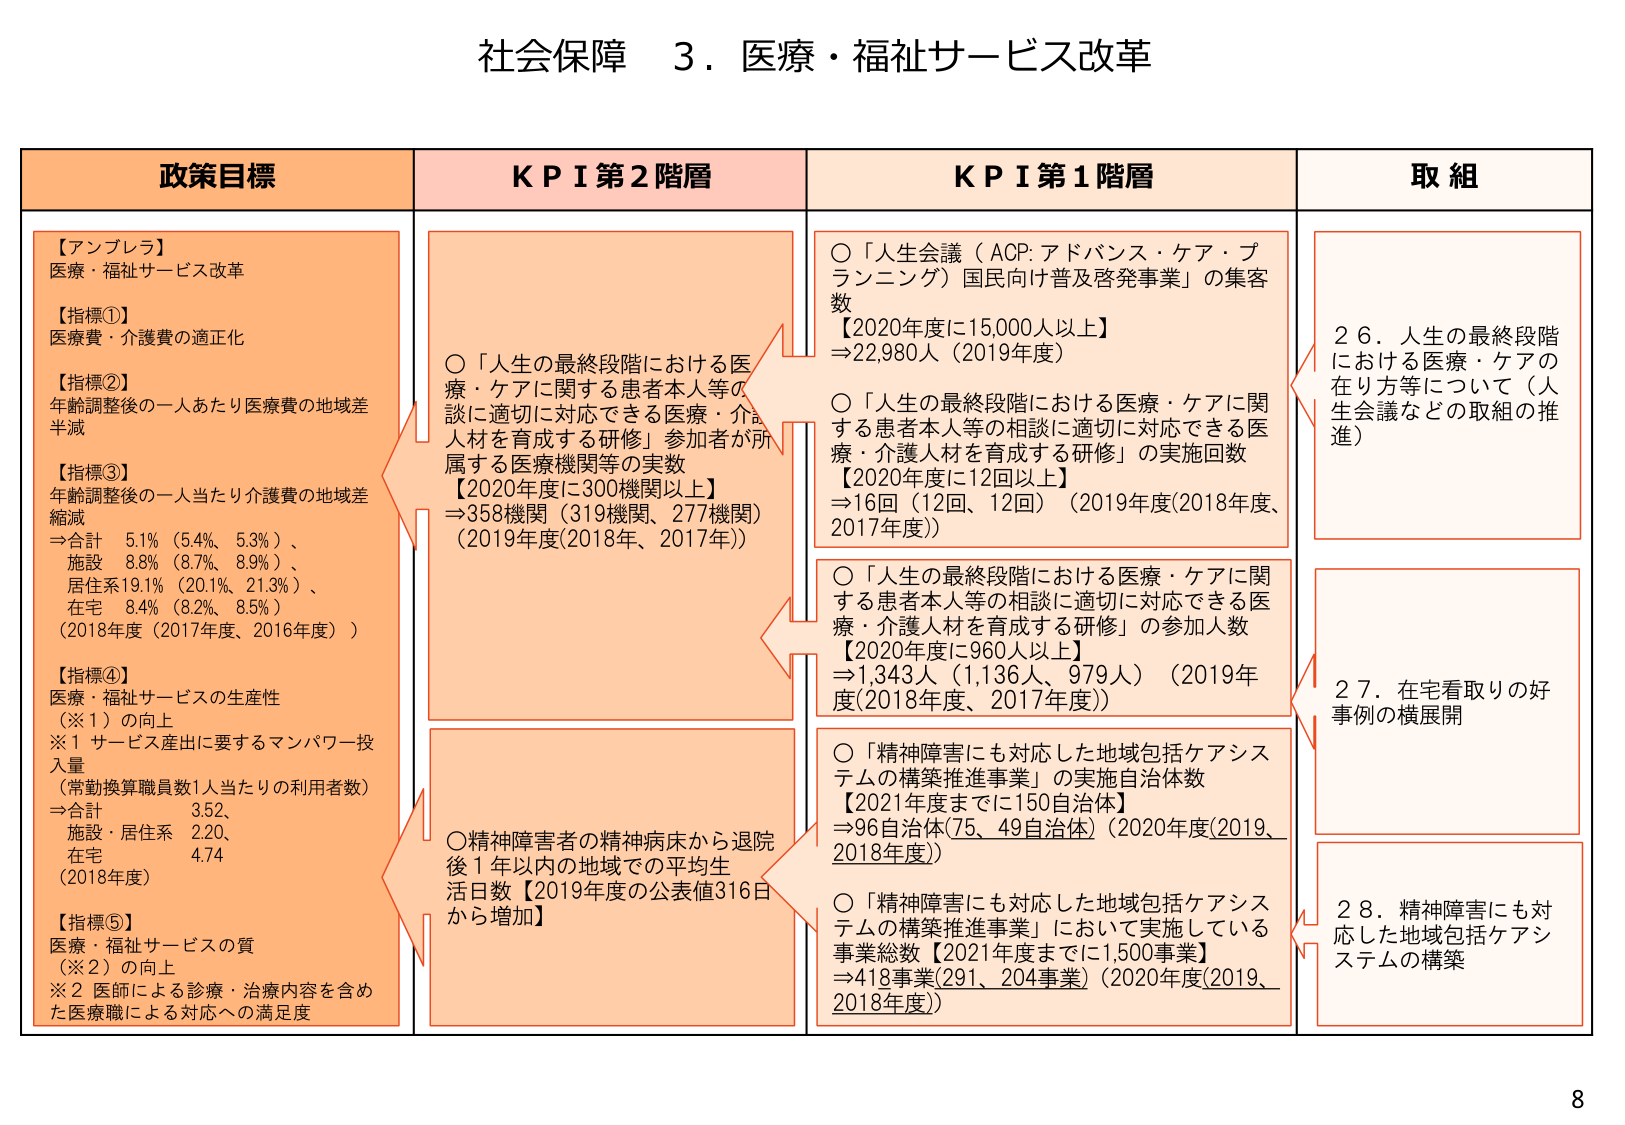
社会保障 ３．医療・福祉サービス改革

政策目標
【アンプレラ】
医療・福祉サービス改革
【指標①】
医療費・介護費の適正化
【指標②】
年齢調整後の一人あたり医療費の地域差
半減
【指標③】
年齢調整後の一人当たり介護費の地域差
縮減
⇒合計 5.1%（5.4%、5.3%）、
施設 8.8%（8.7%、8.9%）、
居住系19.1%（20.1%、21.3%）、
在宅 8.4%（8.2%、8.5%）
（2018年度（2017年度、2016年度））
【指標④】
医療・福祉サービスの生産性
（※１）の向上
※１ サービス産出に要するマンパワー投
入量
（常勤換算職員数1人当たりの利用者数）
⇒合計 3.52、
施設・居住系 2.20、
在宅 4.74
（2018年度）
【指標⑤】
医療・福祉サービスの質
（※2）の向上
※2 医師による診療・治療内容を含め
た医療職による対応への満足度

KPI 第2階層
○「人生の最終段階における医療・ケアに関する患者本人等の相談に適切に対応できる医療・介護人材を育成する研修」参加者が所属する医療機関等の実数
【2020年度に300機関以上】
⇒358機関（319機関、277機関）
（2019年度(2018年、2017年)）
○精神障害者の精神病床から退院後1年以内の地域での平均生活日数【2019年度の公表値316日から増加】

KPI 第1階層
○「人生会議（ACP:アドバンス・ケア・プランニング）国民向け普及啓発事業」の集客数
【2020年度に15,000人以上】
⇒22,980人（2019年度）
○「人生の最終段階における医療・ケアに関する患者本人等の相談に適切に対応できる医療・介護人材を育成する研修」の実施回数
【2020年度に12回以上】
⇒16回（12回、12回）（2019年度(2018年度、2017年度)）
○「人生の最終段階における医療・ケアに関する患者本人等の相談に適切に対応できる医療・介護人材を育成する研修」の参加人数
【2020年度に960人以上】
⇒1,343人（1,136人、979人）（2019年度、2017年度）
○「精神障害にも対応した地域包括ケアシステムの構築推進事業」の実施自治体数
【2021年度までに150自治体】
⇒96自治体(75、49自治体)（2020年度(2019、2018年度)）
○「精神障害にも対応した地域包括ケアシステムの構築推進事業」において実施している事業総数【2021年度までに1,500事業】
⇒418事業(291、204事業)（2020年度(2019、2018年度)）

取組
２６．人生の最終段階における医療・ケアの在り方等について（人生会議などの取組の推進）
２７．在宅看取りの好事例の横展開
２８．精神障害にも対応した地域包括ケアシステムの構築

8